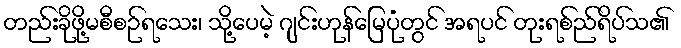
တည်းခိုဖို့မစီစဉ်ရသေး၊ သို့ပေမဲ့ ဂျင်းဟုန်မြေပုံတွင် အရပင် တုးရစ်ည်ရိပ်သ၏